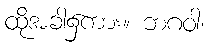
ထိုအခါ၌ကား။ ဘဂဝါ၊